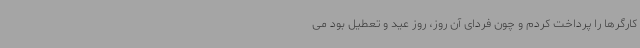
کارگرها را پرداخت کردم و چون فردای آن روز، روز عید و تعطیل بود می